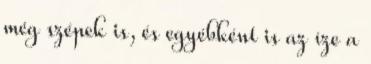
még szépek is, és egyébként is az íze a